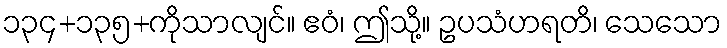
၁၃၄+၁၃၅+ကိုသာလျင်။ ဧဝံ၊ ဤသို့။ ဥပသံဟရတိ၊ သေသော